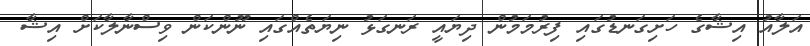
އަލާއު އިޝާގެ ހަށިގަނޑުގައި ފިރުމަމުން ދިޔައީ ރަނގަޅު ނިޔަތެއްގައި ނޫންކަން ވިސްނާލާކަށް އިޝާ